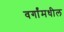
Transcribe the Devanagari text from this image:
वर्गांमधील